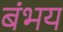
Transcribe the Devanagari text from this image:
बंभय